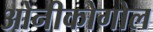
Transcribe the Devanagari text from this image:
ओनीकोगोल